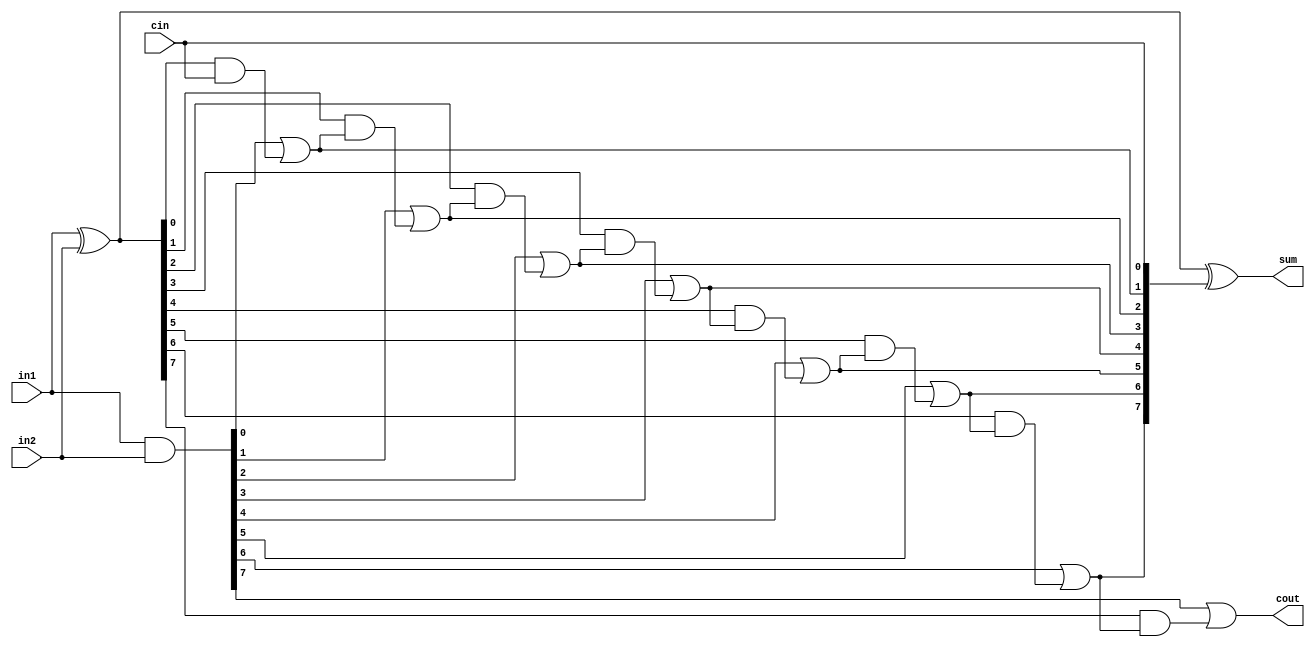
///////////////////////////////////////////////////////////////////////
////
//// Module Name: Carry Look Ahead Adder (8-bits)
//// Function: Implements an 8-bit Carry Look Ahead Adder(CLA)
////
///////////////////////////////////////////////////////////////////////
module carry_lookahead_adder_8(output [7:0] sum,
                                output cout,
                                input [7:0] in1, in2,
                                input cin);

    wire [7:0] G; /* Generate */
    wire [7:0] P; /* Propagate */
    wire [7:0] C; /* Carry */

    assign G = in1 & in2; /*Generate*/
    assign P = in1 ^ in2; /*Propagate*/

    assign C[0] = cin;
    assign C[1] = G[0] | (P[0] & C[0]);
    assign C[2] = G[1] | (P[1] & C[1]);
    assign C[3] = G[2] | (P[2] & C[2]);
    assign C[4] = G[3] | (P[3] & C[3]);
    assign C[5] = G[4] | (P[4] & C[4]);
    assign C[6] = G[5] | (P[5] & C[5]);
    assign C[7] = G[6] | (P[6] & C[6]);
    assign cout = G[7] | (P[7] & C[7]);
    assign sum = P ^ C;
endmodule